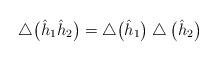
LaTeX: \begin{gather*}\bigtriangleup\big(\hat{h}_1\hat{h}_2\big)=\bigtriangleup\big(\hat{h}_1\big)\bigtriangleup\big(\hat{h}_2\big)\end{gather*}